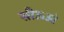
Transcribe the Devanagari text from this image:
सीऊओ